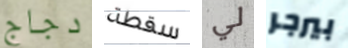
دجاج سقطة لي بيرجر